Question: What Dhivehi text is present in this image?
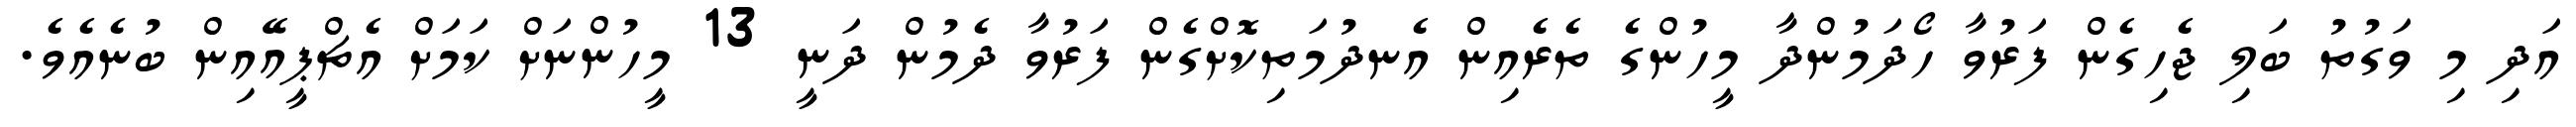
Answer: އަދި މި ވަގުތު ބަލި ޖެހިގެން ފަރުވާ ހޯދަމުންދާ މީހުންގެ ތެރެއިން އެނދުމަތިކޮށްގެން ފަރުވާ ދެމުން ދަނީ 13 މީހުންނަށް ކަމަށް އެޗްޕީއޭއިން ބުނެއެވެ.